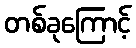
တစ်ခုကြောင့်